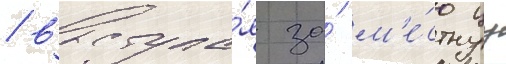
/ выступа́я за́ м'е́стнуу